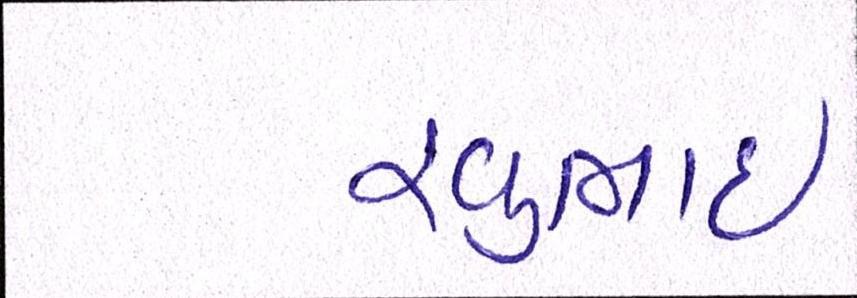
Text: રવુભાઇ